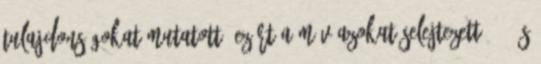
tulajdonságokat mutatott, ezért a MÁV azokat selejtezett 327 és